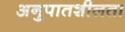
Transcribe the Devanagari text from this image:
अनुपातशीलता